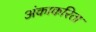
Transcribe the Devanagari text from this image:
अंकाकरिता